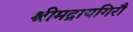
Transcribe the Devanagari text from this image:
श्रीमद्रायगिरौ